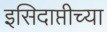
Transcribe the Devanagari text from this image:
इसिदाप्तीच्या